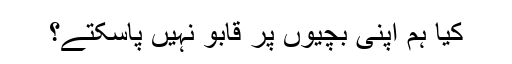
کیا ہم اپنی بچیوں پر قابو نہیں پاسکتے؟